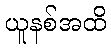
ယူနစ်အထိ